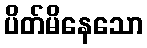
ပိတ်မိနေသော